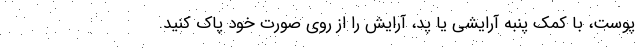
پوست، با کمک پنبه آرایشی یا پد، آرایش را از روی صورت خود پاک کنید.